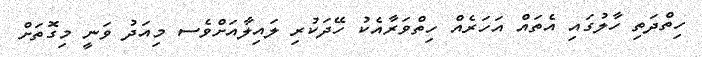
ހިތްދަތި ހާލުގައި އެތައް އަހަރެއް ހިތްވަރާއެކު ހޭދަކުރި ލައިލާއަށްވެސ މިއަދު ވަނީ މިގޮތަށް